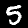
Digit: 5